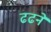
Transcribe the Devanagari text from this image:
ढढने